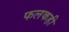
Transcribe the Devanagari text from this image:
फलकही